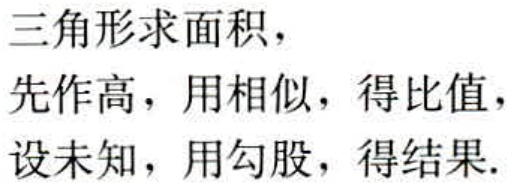
三角形求面积，
先作高，用相似，得比值，
设未知，用勾股，得结果.